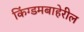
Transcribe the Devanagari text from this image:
किंग्डमबाहेरील